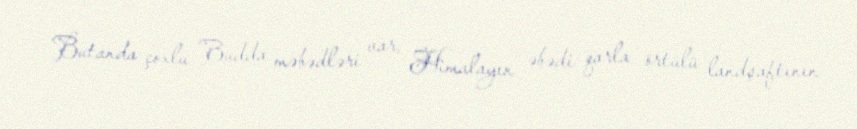
Butanda çoxlu Budda məbədləri var, Himalayın əbədi qarla örtülü landşaftının